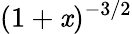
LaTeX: (1+\mathit{x})^{-3/2}